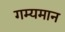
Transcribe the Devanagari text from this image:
गम्यमान